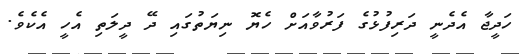
ހަދީޖާ އެދެނީ ދަރިފުޅުގެ ފަރުވާއަށް ހެޔޮ ނިޔަތުގައި ދޭ ދީލަތި އެހީ އެކެވެ.